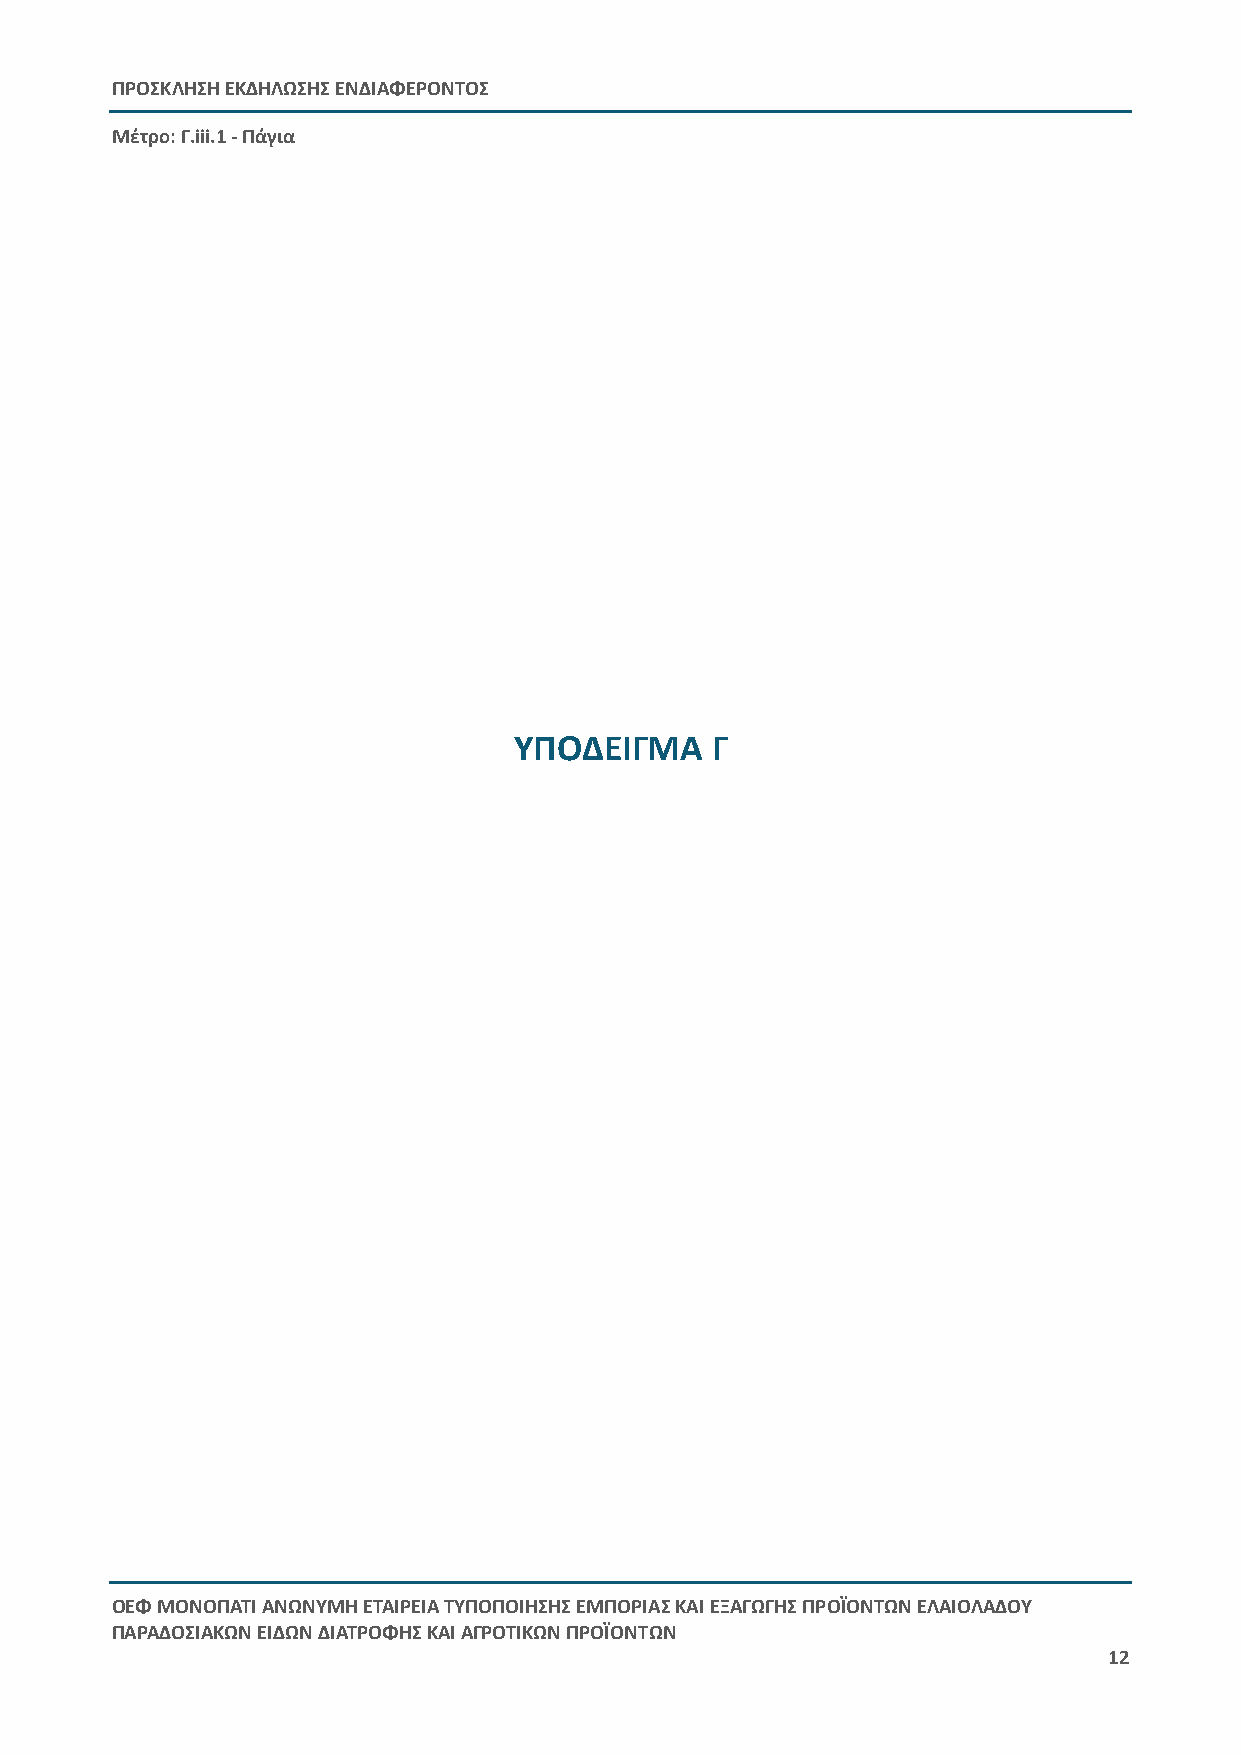
ΠΡΟΣΚΛΗΣΗ ΕΚΔΗΛΩΣΗΣ ΕΝΔΙΑΦΕΡΟΝΤΟΣ
 Μέτρο: Γ.iii.1 - Πάγια
 ΥΠΟΔΕΙΓΜΑ    Γ
 ΟΕΦ ΜΟΝΟΠΑΤΙ ΑΝΩΝΥΜΗ ΕΤΑΙΡΕΙΑ ΤΥΠΟΠΟΙΗΣΗΣ ΕΜΠΟΡΙΑΣ ΚΑΙ ΕΞΑΓΩΓΗΣ ΠΡΟΪΟΝΤΩΝ ΕΛΑΙΟΛΑΔΟΥ
 ΠΑΡΑΔΟΣΙΑΚΩΝ ΕΙΔΩΝ ΔΙΑΤΡΟΦΗΣ ΚΑΙ ΑΓΡΟΤΙΚΩΝ ΠΡΟΪΟΝΤΩΝ
 12